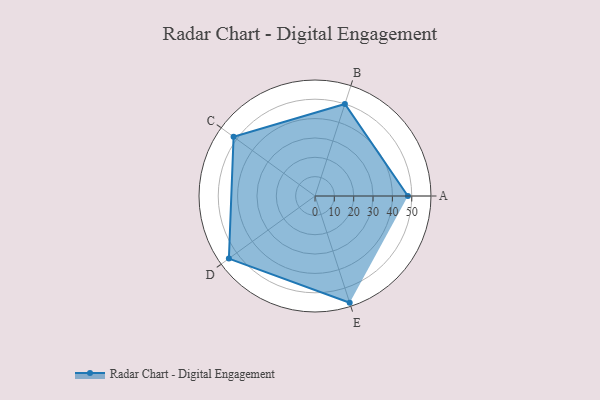
{"axis": {"x": "Skill", "y": "Score"}, "legend": ["Profile"], "data": [{"x": "A", "y": 48.0, "type": "Profile"}, {"x": "B", "y": 50.0, "type": "Profile"}, {"x": "C", "y": 52.0, "type": "Profile"}, {"x": "D", "y": 55.0, "type": "Profile"}, {"x": "E", "y": 58.0, "type": "Profile"}]}